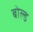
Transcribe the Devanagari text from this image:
बोल्‍ड